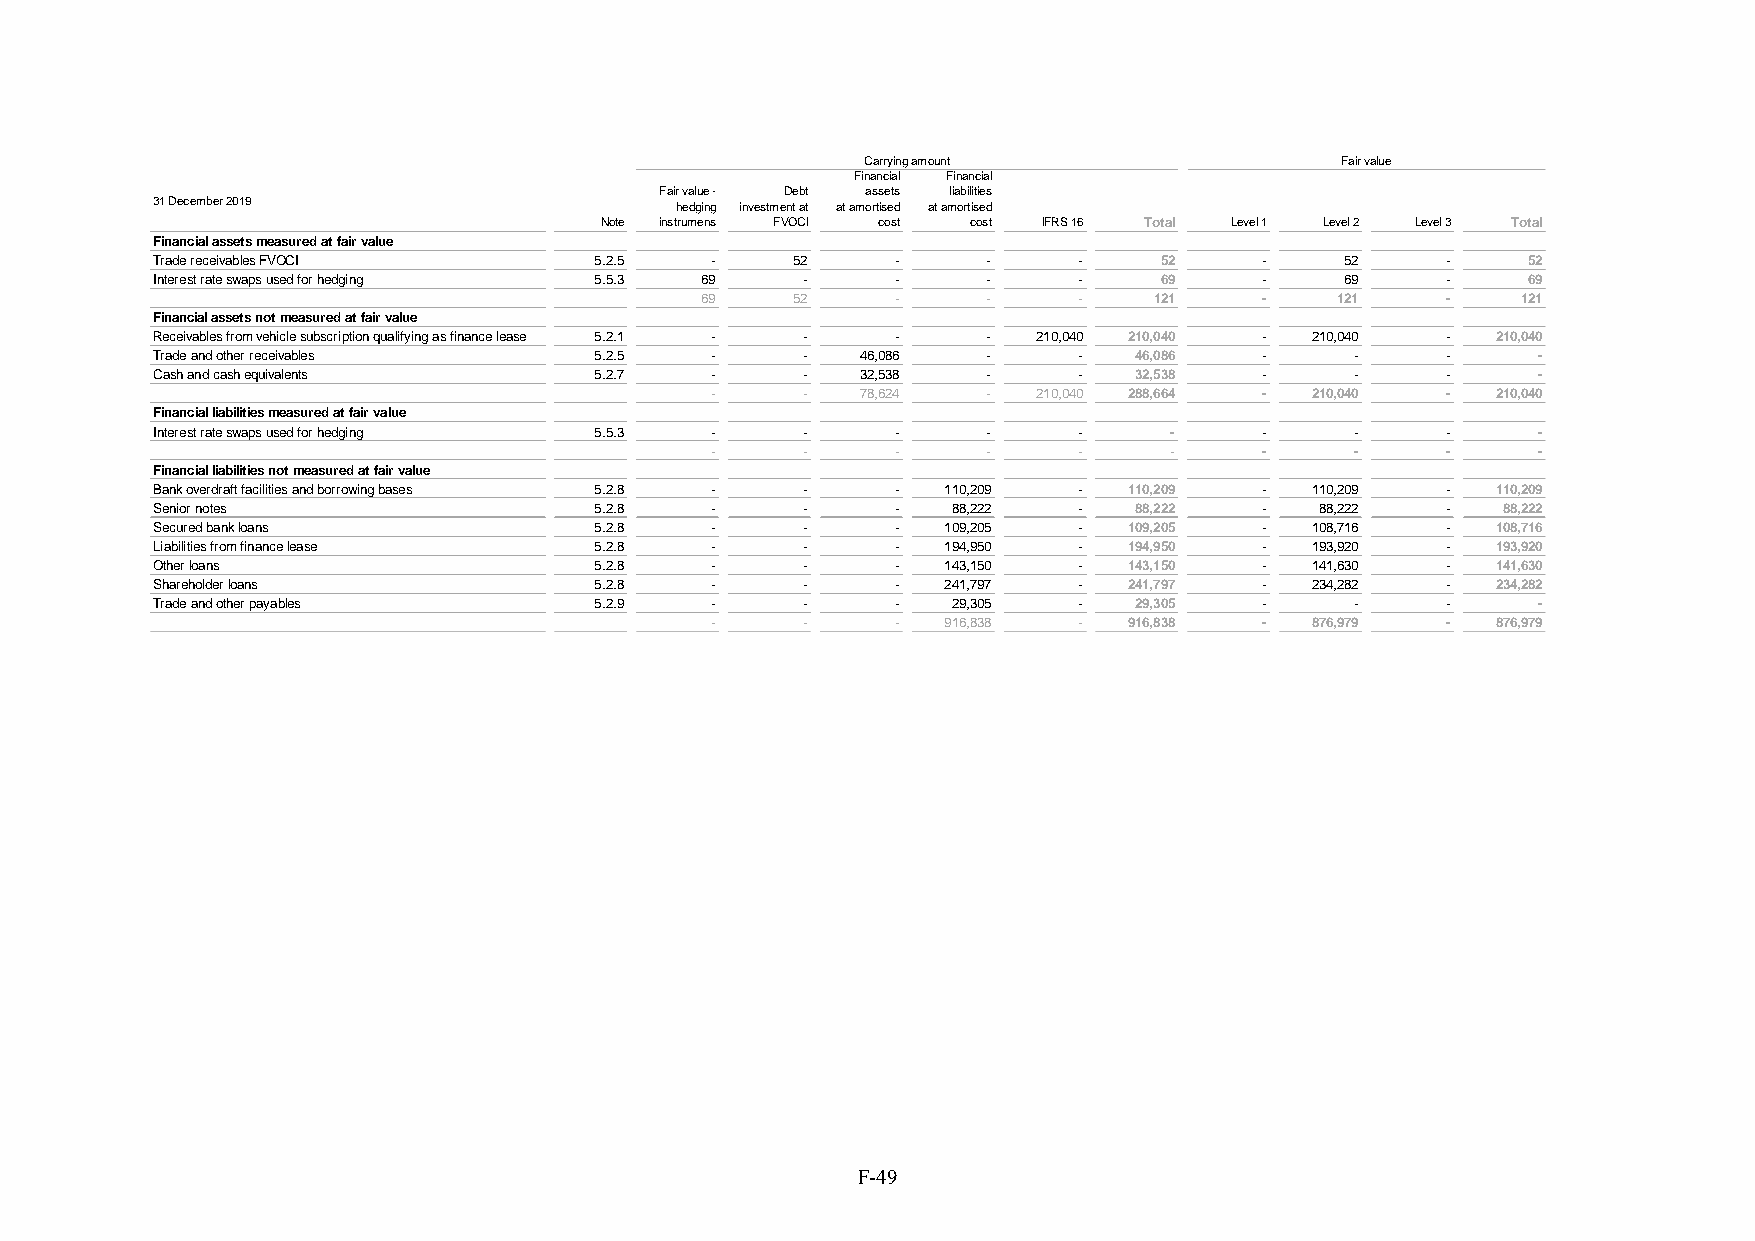
Carrying amount                 Fair value
 Financial Financial
 Fair value - Debt assets liabilities
 31 December 2019                   hedging investment at at amortised at amortised
 Note instrumens FVOCI cost cost IFRS 16 Total Level 1 Level 2 Level 3 Total
 Financial assets measured at fair value
 Trade receivables FVOCI      5.2.5   -    52     -     -     -     52     -    52     -    52
 Interest rate swaps used for hedging 5.5.3 69 -  -     -     -     69     -    69     -    69
 69    52     -     -     -    121     -   121     -    121
 Financial assets not measured at fair value
 Receivables from vehicle subscription qualifying as finance lease 5.2.1 - - - - 210,040 210,040 - 210,040 - 210,040
 Trade and other receivables  5.2.5   -     -   46,086  -     -   46,086   -     -     -     -
 Cash and cash equivalents    5.2.7   -     -   32,538  -     -   32,538   -     -     -     -
 -     -   78,624  -   210,040 288,664 - 210,040  -  210,040
 Financial liabilities measured at fair value
 Interest rate swaps used for hedging 5.5.3 - -   -     -     -     -      -     -     -     -
 -     -     -     -     -     -      -     -     -     -
 Financial liabilities not measured at fair value
 Bank overdraft facilities and borrowing bases 5.2.8 - - - 110,209 - 110,209 - 110,209 -  110,209
 Senior notes                 5.2.8   -     -     -   88,222  -   88,222   -  88,222   -  88,222
 Secured bank loans           5.2.8   -     -     -  109,205  -   109,205  -  108,716  -  108,716
 Liabilities from finance lease 5.2.8 -     -     -  194,950  -   194,950  -  193,920  -  193,920
 Other loans                  5.2.8   -     -     -  143,150  -   143,150  -  141,630  -  141,630
 Shareholder loans            5.2.8   -     -     -  241,797  -   241,797  -  234,282  -  234,282
 Trade and other payables     5.2.9   -     -     -   29,305  -   29,305   -     -     -     -
 -     -     -  916,838  -   916,838  -  876,979  -  876,979
 F-49